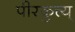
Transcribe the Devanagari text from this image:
पीरकुत्त्य्